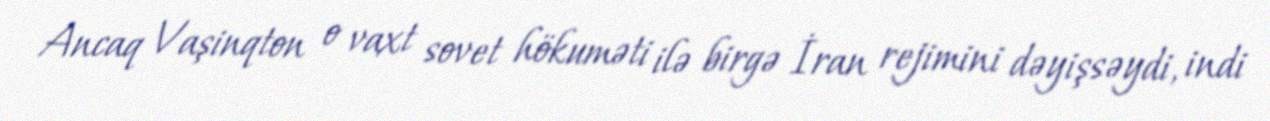
Ancaq Vaşinqton o vaxt sovet hökuməti ilə birgə İran rejimini dəyişsəydi, indi